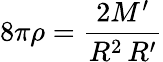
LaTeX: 8\pi\rho={\frac{2M^{\prime}}{R^{2}\, R^{\prime}}}